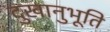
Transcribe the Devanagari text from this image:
दुखानुभूति